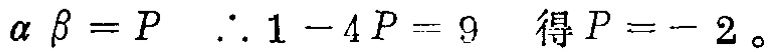
\(\alpha\beta = P\ \therefore 1 - 4P = 9\ 得P = - 2。\)